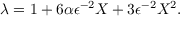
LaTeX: \lambda = 1 + 6 \alpha \epsilon ^ { - 2 } X + 3 \epsilon ^ { - 2 } X ^ { 2 } .